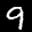
Label: 9